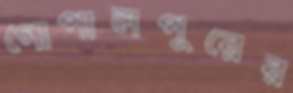
গোপালপুরের